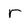
Character: r